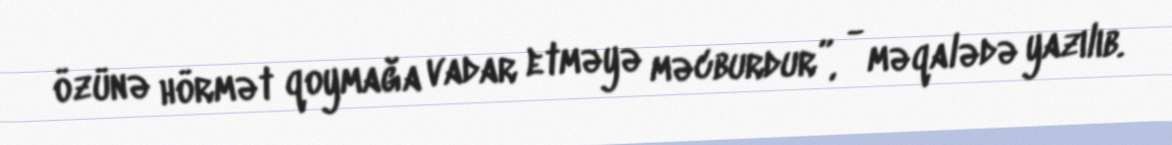
özünə hörmət qoymağa vadar etməyə məcburdur”, - məqalədə yazılıb.